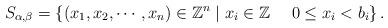
LaTeX: \begin{align*}S_{\alpha, \beta}=\left\{\left(x_{1}, x_{2}, \cdots, x_{n}\right) \in \mathbb{Z}^{n} \mid x_{i} \in \mathbb{Z}\ \ \ \ 0 \leq x_{i}<b_{i}\right\}.\end{align*}